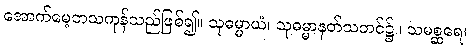
အောက်မေ့တသကုန်သည်ဖြစ်၍။ သုဓမ္မာယံ၊ သုဓမ္မာနတ်သဘင်၌။ သမစ္ဆရေ၊